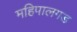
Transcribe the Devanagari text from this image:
महिपालगड